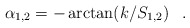
\begin{align*}\alpha_{1,2}=-\arctan (k/S_{1,2}) \, \ \ .\end{align*}